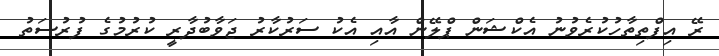
ރޭ އިފްތިތާހުކުރެވުނު އެކްޝަން ޕްލޭން އާއި އެކު ސަރުކާރު ޖަވާބުދާރީ ކުރުމުގެ ފުރުސަތު